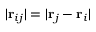
\vert \mathbf { r } _ { i j } \vert = \vert \mathbf { r } _ { j } - \mathbf { r } _ { i } \vert